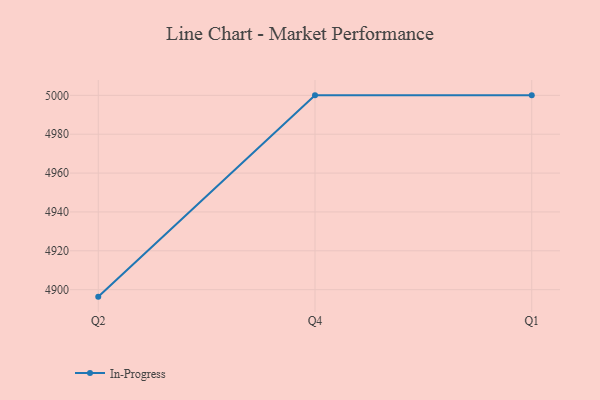
{"axis": {"x": "Quarter", "y": "LTV (USD)"}, "legend": ["In-Progress"], "data": [{"x": "Q2", "y": 4896.4, "type": "In-Progress"}, {"x": "Q4", "y": 5000, "type": "In-Progress"}, {"x": "Q1", "y": 5000, "type": "In-Progress"}]}